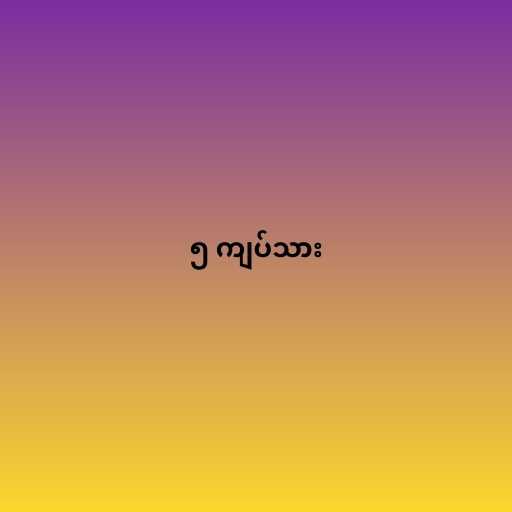
၅ ကျပ်သား